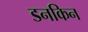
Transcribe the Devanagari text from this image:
डनकिन